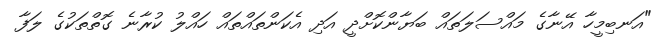
"އަނބިމީހާ އޭނާގެ މައްސަލަތައް ބަޔާންކޮށްދީ އަދި އެކަންތައްތައް ހައްލު ކުރާނެ ގޮތްތަކުގެ ލަފާ